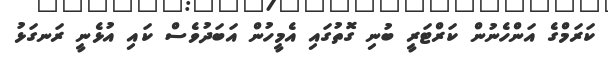
ކަރަމްގެ އަންހެނުން ކަރްޓަރީ ބުނި ގޮތުގައި އެމީހުން އަބަދުވެސް ކައި އުޅެނީ ރަނގަޅު